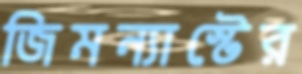
জিমন্যাস্টের